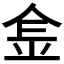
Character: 𨤾